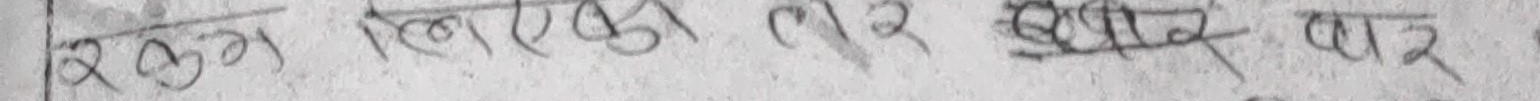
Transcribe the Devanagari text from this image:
सरल लिएकी तर छात्र पात्र